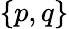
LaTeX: \{ p,q\}